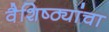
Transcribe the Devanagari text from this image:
वैशिष्ठ्यांचा